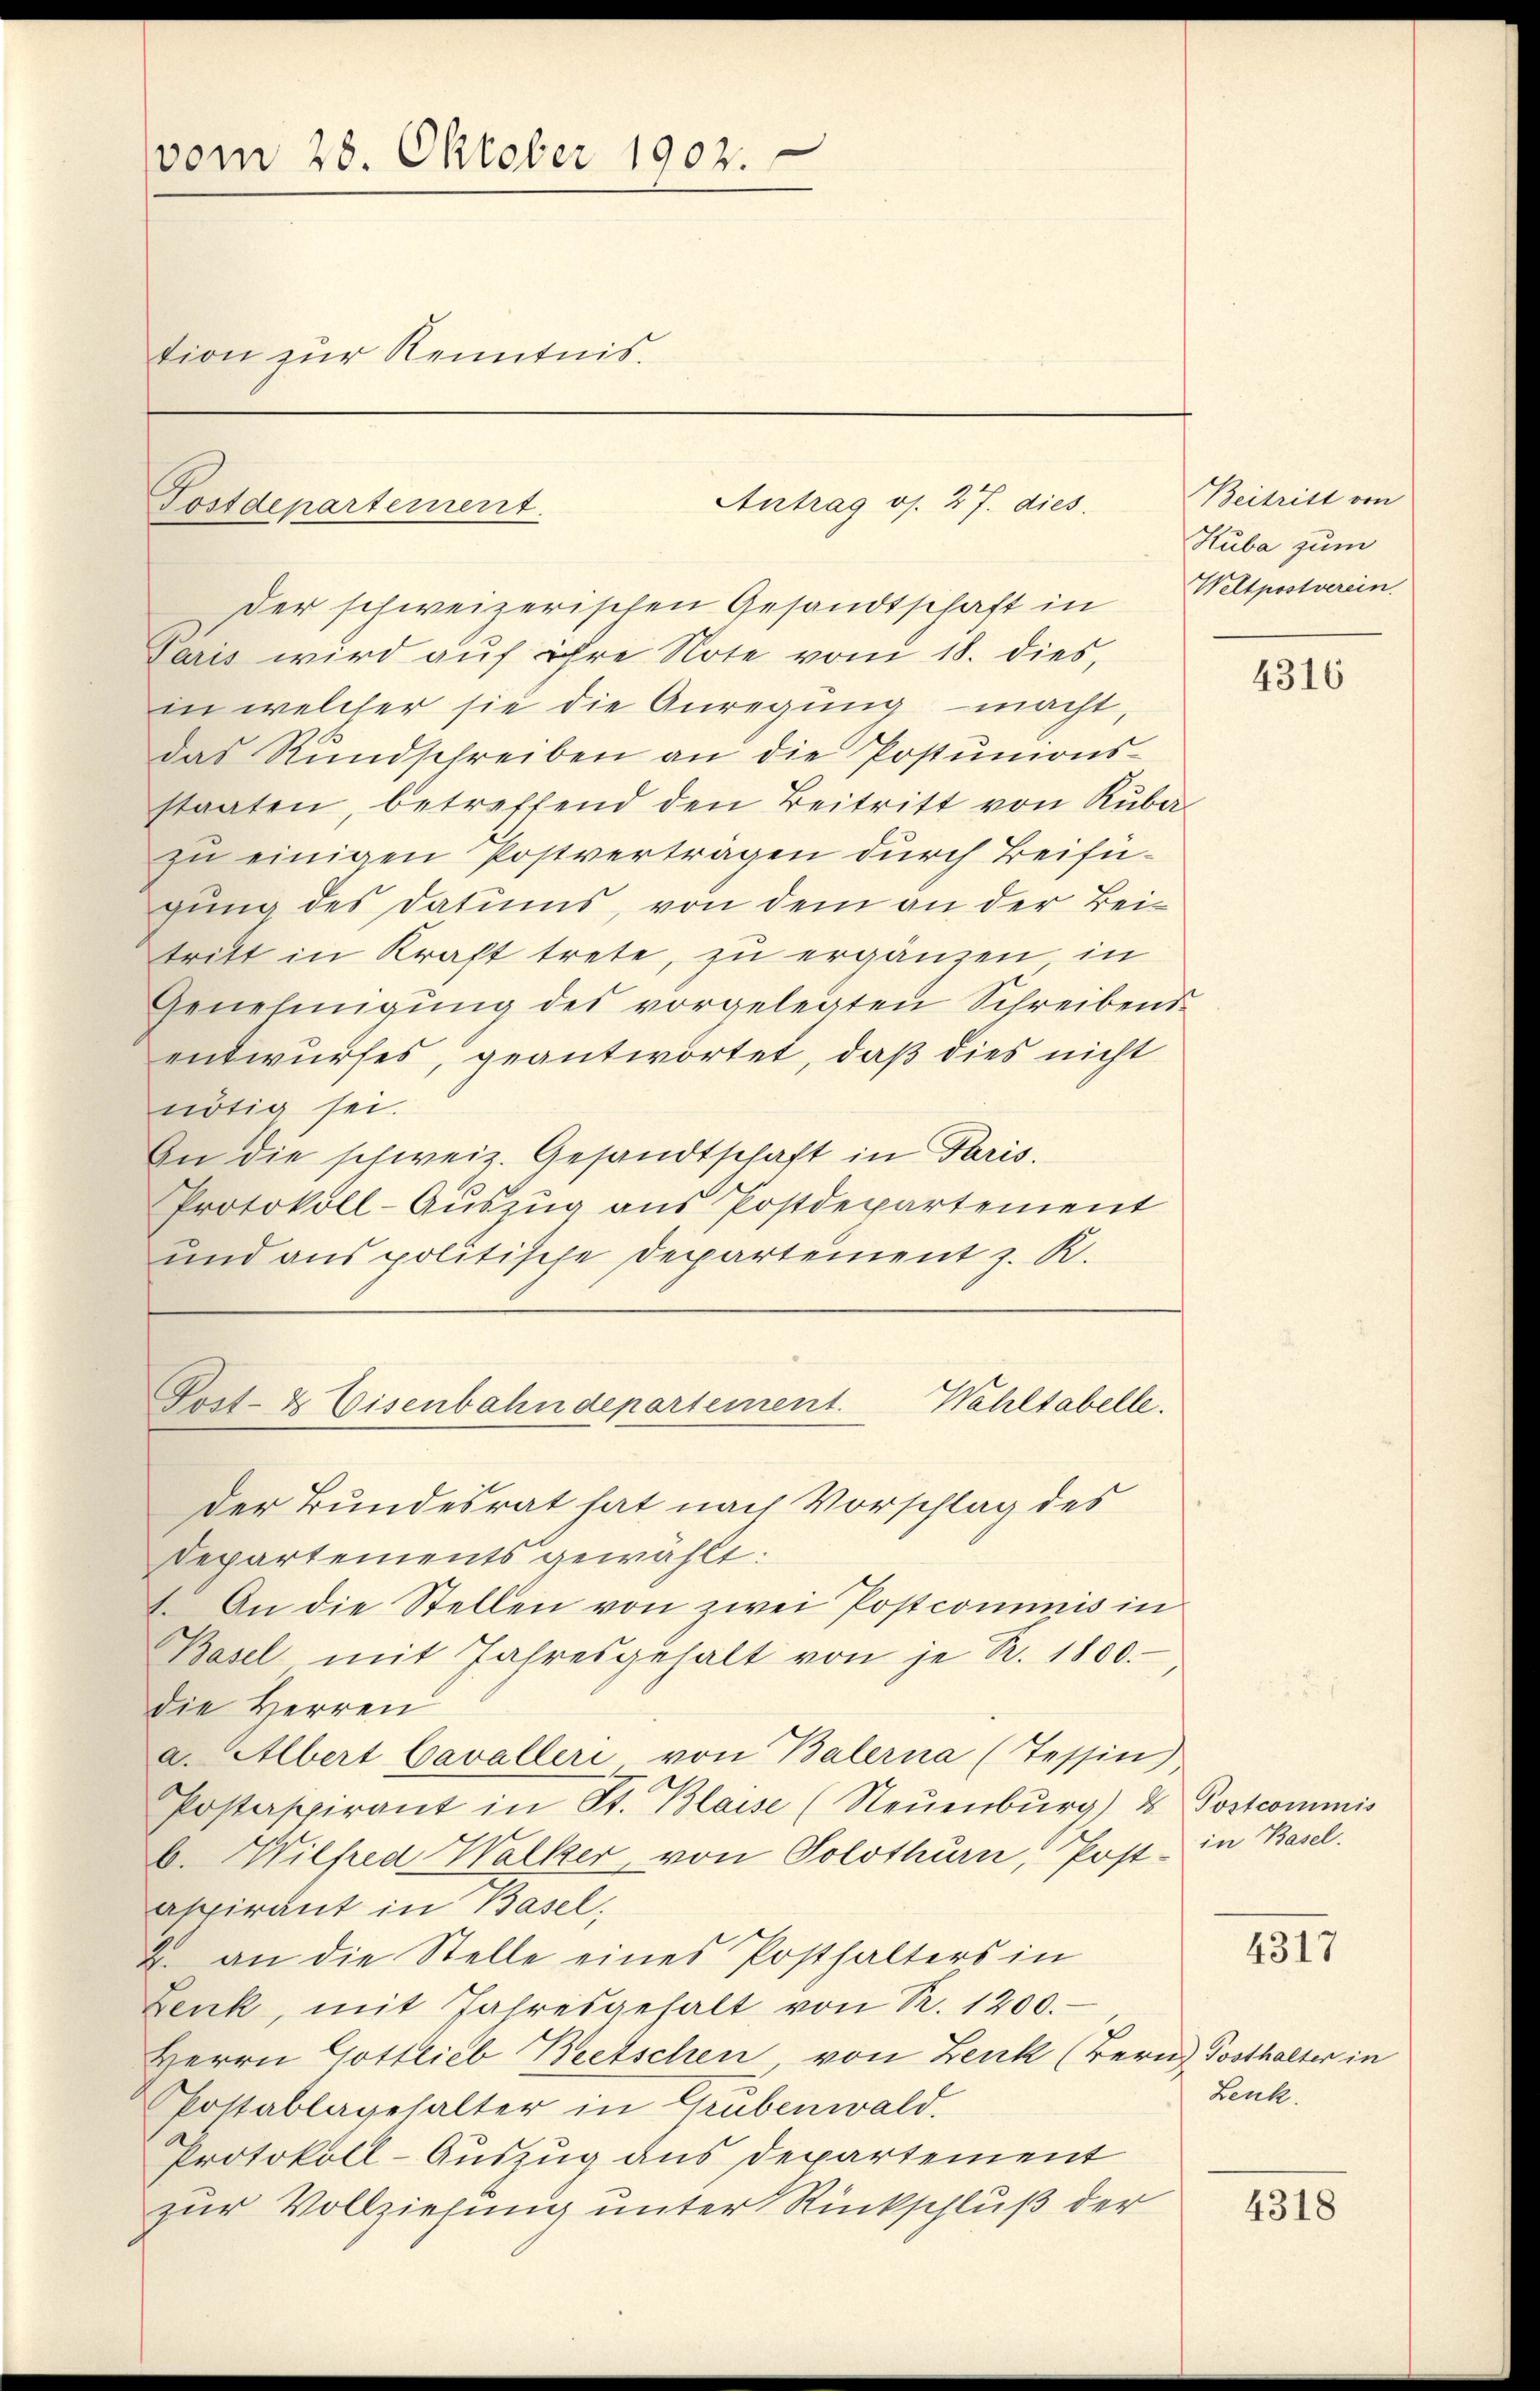
vom 28. Oktober 1902.
tion zur Kenntnis.

Postdepartement

Der schweizerischen Gesandtschaft in Weltpestverein,
Paris wird auf ihre Note vom 18. dies,
in welcher sie die Anregung macht,
das Rŭndschreiben an die Postŭmons-
staaten, betreffend den Beitritt von Rubazu einigen Postverträgen durch Beifügung des Datums, von dem an der Beitritt in Kraft trete, zu ergänzen in
Genehmigung des vorgelegten Schreibensentwurfes, geantwortet, daß dies nicht
nötig sei.
In die schweiz. Gesandtschaft in Paris.
Protokoll-Aŭszŭg ans Postdepartement
und aus politische Departement z. R.
Wahltabelle.
Post- & Eisenbahndepartement.
der Bundesrat hat nach Vorschlag des
Departements gewählt:
1. An die Stellen von zwei Postcommis in
Basel mit Jahresgehalt von je R. 1800.
die Herren
a. Albert Cavalleri von Balerna (Tessin
Postaspirant in St. Blasse (Neuenburg) u. Postcommis
b. Wilfred Walker, von Solothurn, Post in Basel.
aspirant in Basel,
2. an die Stelle eines Posthalters in
Zenk, mit Jahresgehalt von R. 1200.
Herrn Gottlieb Beetschen von Lenk (Bern Posthalter in
Pottablagehalter in Grubenwald.
Protokoll-Auszug aus Departement
zur Vollziehung unter Rückschluß der

Antrag os. 27. dies

Beitritt von
Huba zum

4316

4317

Lenk.

4318